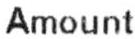
AMOUNT